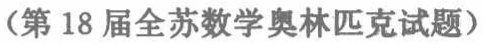
（第18届全苏数学奥林匹克试题）